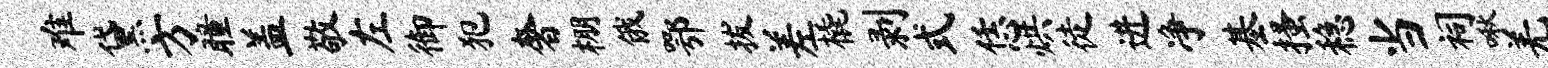
难黛方瞳盖敬左御犯奢棚俄鄂拔差橇剥式恁烘徒进净基搔稳当祠啾羌